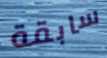
سابقة